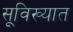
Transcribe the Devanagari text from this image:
सूविख्यात